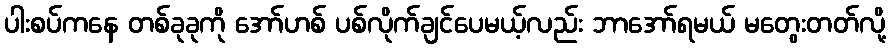
ပါးစပ်ကနေ တစ်ခုခုကို အော်ဟစ် ပစ်လိုက်ချင်ပေမယ့်လည်း ဘာအော်ရမယ် မတွေးတတ်လို့